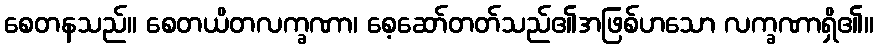
စေတနသည်။ စေတယိတလက္ခဏာ၊ စေ့ဆော်တတ်သည်၏အဖြစ်ဟသော လက္ခဏာရှိ၏။